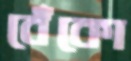
বেঁকো